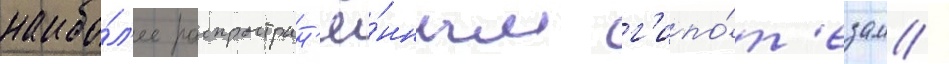
наибо́л'ее распростран'ё́нным г'ипо́т'езам /